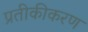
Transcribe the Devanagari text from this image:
प्रतीकीकरण